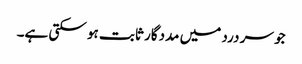
جو سر درد میں مددگار ثابت ہو سکتی ہے۔